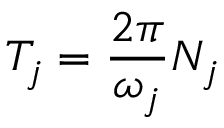
T _ { j } = \frac { 2 \pi } { \omega _ { j } } N _ { j }